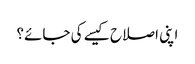
اپنی اصلاح کیسے کی جائے؟